Document type: Sale
Year: 1354
Scribe: Bernat de Torre
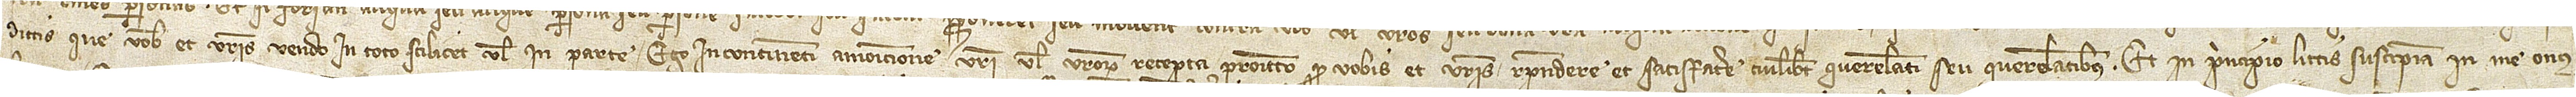
dictis que vobis et vestris vendo, in toto scilicet vel in parte, ego incontinenti amonicione vestri vel vestrorum recepta promitto quod vobis et vestris respondere et satisfacere cuilibet querelanti seu querelantibus. Et in principio littis suscepiam in me onus